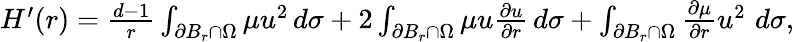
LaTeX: \begin{array}{r}{H^{\prime}(r)=\frac{d-1}{r}\int_{\partial B_{r}\cap\Omega}\mu u^{2}\, d\sigma+2\int_{\partial B_{r}\cap\Omega}\mu u\frac{\partial u}{\partial r}\, d\sigma+\int_{\partial B_{r}\cap\Omega}\frac{\partial\mu}{\partial r}u^{2}\, \, d\sigma,}\end{array}